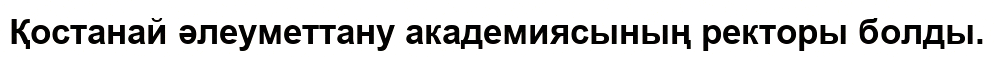
Қостанай әлеуметтану академиясының ректоры болды.